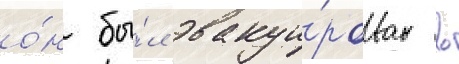
о́н бы́л эвакуи́рован в